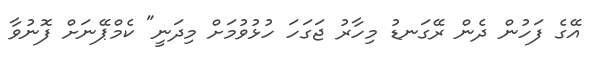
އޭގެ ފަހުން ދެން ރޭގަނޑު މިހާރު ޖަގަހަ ހުޅުވުމަށް މިދަނީ" ކެމްޕޭނަށް ފޮނުވާ